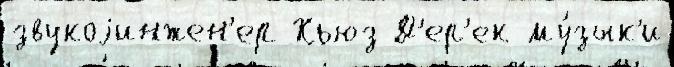
звукоjинжен'ер Хьюз Д'ер'ек му́зык'и